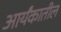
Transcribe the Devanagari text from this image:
आर्यंकातील